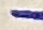
Text: -